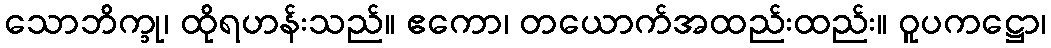
သောဘိက္ခု၊ ထိုရဟန်းသည်။ ဧကော၊ တယောက်အထည်းထည်း။ ဝူပကဋ္ဌော၊